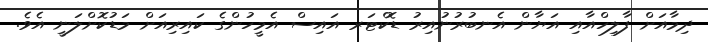
ދިމާއަށް ފާލިހްއާއި އަޔާން އެނބުރުނުއިރު ޑޮކްޓަރ އައިސް އެމީހުންގެ ކައިރިއަށް މަޑުކޮށްލަނީ އެވެ.